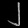
Digit: ၂